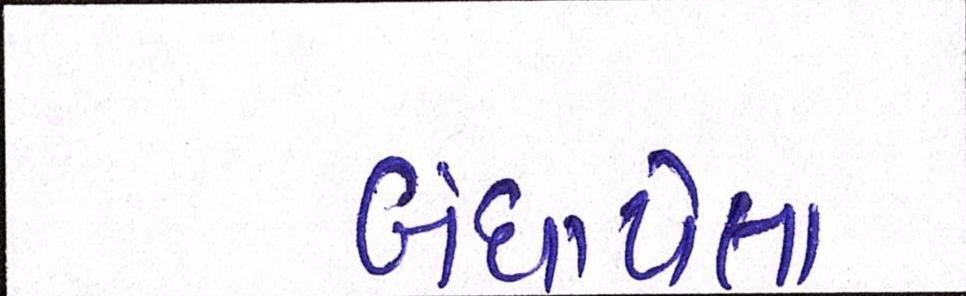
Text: બંધાયેલા